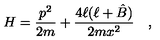
H = { \frac { p ^ { 2 } } { 2 m } } + { \frac { 4 \ell ( \ell + \hat { B } ) } { 2 m x ^ { 2 } } } \quad ,